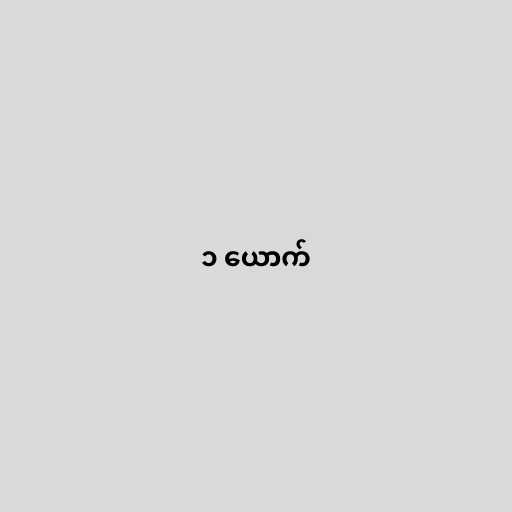
၁ ယောက်